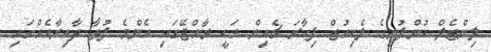
ލިންޓެލް ކުންފުނީގެ ލެކިއުޓް ފިހާރަ ޗެއިން އަކީ ރާއްޖޭގައި އެންމެ ފުޅާ ދާއިރާއެއްގައި